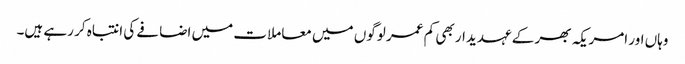
وہاں اور امریکہ بھر کے عہدیدار بھی کم عمر لوگوں میں معاملات میں اضافے کی انتباہ کر رہے ہیں۔